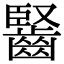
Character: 𪘦